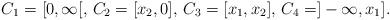
LaTeX: \begin{align*}C_1=[0,\infty[,\, C _2=[x_2,0],\, C_3=[x_1, x_2], \,C_4=]-\infty, x_1].\end{align*}